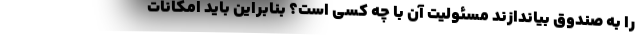
را به صندوق بیاندازند مسئولیت آن با چه کسی است؟ بنابراین باید امکانات